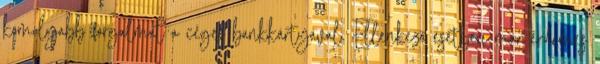
komolyabb forgalmat a céges bankkártyával. Ellenkező esetben már érdemes